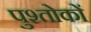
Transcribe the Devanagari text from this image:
पुश्तोकों